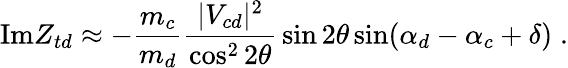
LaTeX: \mathrm{Im}Z_{td}\approx-{\frac{m_{c}}{m_{d}}}{\frac{|V_{cd}|^{2}}{\cos^{2}2\theta}}\sin 2\theta\sin(\alpha_{d}-\alpha_{c}+\delta)\; .